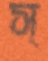
স্